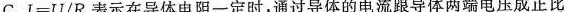
C.$$I = U / R$$表示在导体电阻一定时，通过导体的电流跟导体两端电压成正比